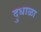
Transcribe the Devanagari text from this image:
दुधाळा